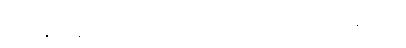
ဖေဖေနှင့် နေပြန်လျှင်လည်း မေမေတစ်ယောက်တည်း ကျန်ခဲ့မည်။